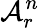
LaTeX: \mathcal{A}_{r}^{n}